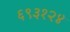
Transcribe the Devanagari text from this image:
६९३१२४